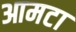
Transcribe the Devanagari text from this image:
आमटा